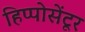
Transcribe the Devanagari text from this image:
हिप्पोसेंटूर